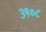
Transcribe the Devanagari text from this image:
३१०८